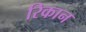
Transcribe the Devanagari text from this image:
रिकान